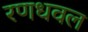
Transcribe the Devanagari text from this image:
रणधवल